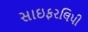
સાઇફરલિપી